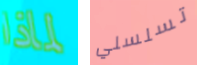
لماذا تسلسلي